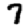
Digit: 7